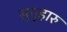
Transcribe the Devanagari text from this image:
सुगुहारु